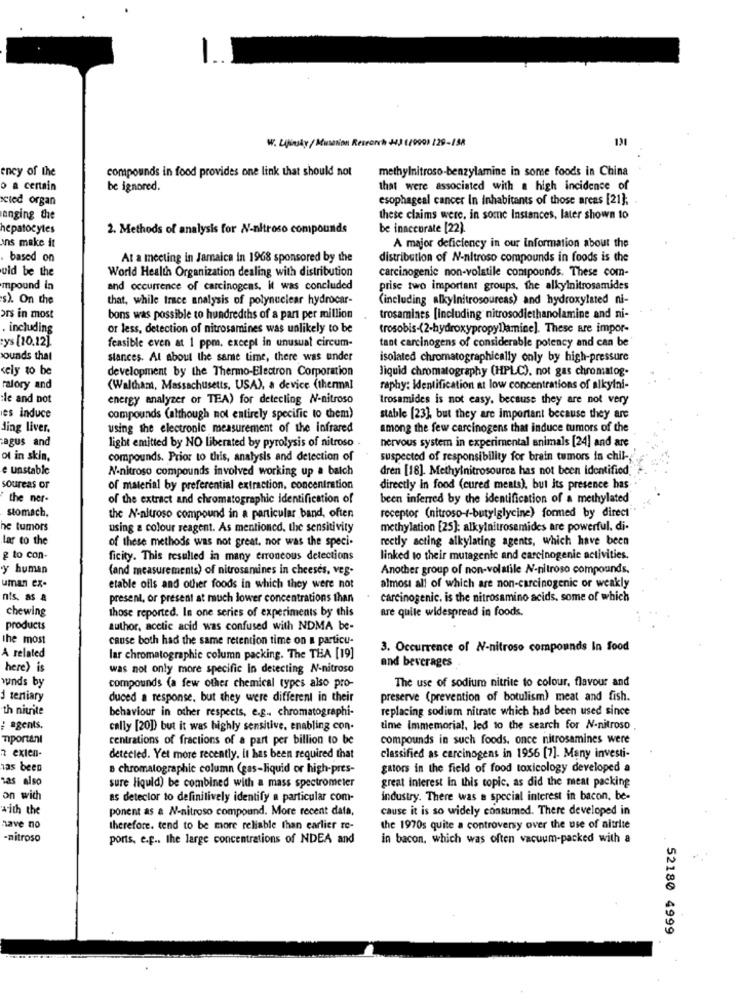
W. Likinsky / Mutation Research +13 (1999) 129-188
131
ency of the
compounds in food provides one link that should not
methylnitroso-benzylamine in some foods in China
o a certain
be ignored.
that were associated with a high incidence of
acted organ
esophageal cancer In inhabitants of those areas [21];
anging the
these claims were, in some Instances, later shown to
hepatocytes
2. Methods of analysis for N-nitroso compounds
be inaccurate [22).
ons make it
A major deficiency in our Information about the
based on
At a meeting in Jamaica in 1968 sponsored by the
distribution of N-nitroso compounds in foods is the
uld be the
World Health Organization dealing with distribution
carcinogenic non-volatile compounds. These com-
mpound in
and occurrence of carcinogens. it was concluded
prise two important groups, the alkylnitrosamides
s). On the
that, while trace analysis of polynuclear hydrocar-
(including alkylnitrosoureas) and hydroxylated ni-
ors in most
bons was possible to hundredths of a part per million
trosamines [including nitrosodiethanolamine and ni-
including
or less, detection of nitrosamines was unlikely to be
trosobis-(2-hydroxypropyl)amine]. These are impor-
ys [10.12]
tant carcinogens of considerable potency and can be
feasible even at 1 ppm, except in unusual circum-
sounds that
stances. Al about the same time, there was under
isolated chromatographically only by high-pressure
kely to be
development by the Thermo-Electron Corporation
liquid chromatography (HPLC), not gas chromatog.
ralory and
(Waltham, Massachusetts, USA), a device (thermal
raphy: Identification at low concentrations of alkylni-
:le and not
energy analyzer of TEA) for detecting N-nitroso
trosamides is not easy. because they are not very
les induce
compounds (although not entirely specific to them)
stable [23], but they are important because they are
ding liver,
using the electronic measurement of the infrared
among the few carcinogens that induce tumors of the
agus and
nervous system in experimental animals [24] and are
light emitted by NO liberated by pyrolysis of nitroso
ol in skin.
compounds. Prior to this, analysis and detection of
suspected of responsibility for brain tumors in chil-
e unstable
N-nitroso compounds involved working up a batch
dren [18]. Methylnitrosourca has not been identified
soureas or
of material by preferential extraction, concentration
directly in food (cured meats), but its presence has
the ner-
of the extract and chromatographic identification of
been inferred by the identification of a methylated
stomach,
receptor (nitroso-/-butylglycine) formed by direct
the N-nitroso compound in a particular band, often
he tumors
using a colour reagent. As mentioned, the sensitivity
methylation [25]: alkylnitrosemides are powerful, di
lar to the
of these methods was not great, nor was the speci-
rectly acting alkylating agents, which have been
g to con-
ficity. This resulted in many erroneous detections
linked to their mutagenic and carcinogenic activities.
y human
(and measurements) of nitrosamines in cheeses, ves-
Another group of non-volatile N-nitroso compounds.
uman ex-
etable ofls and other foods in which they were not
almost all of which are non-carcinogenic or weakly
nis, as a
present, or present at much lower concentrations than
carcinogenic. is the nitrosamino acids, some of which
chewing
those reported. In one series of experiments by this
are quite widespread in foods,
products
author, acetic acid was confused with NDMA be-
The most
cause both had the same retention time on a particu-
3. Occurrence of N-nitroso compounds In food
A related
lar chromatographie column packing. The THA [19]
here) is
was not only more specific In detecting N-nitroso
and beverages
wunds by
compounds (a few other chemical types also pro-
The use of sodium nitrite to colour, flavour and
1 tertiary
duced a response, but they were different in their
preserve (prevention of botulism) meat and fish.
th nitrite
replacing sodium nitrate which had been used since
behaviour in other respects, e.g ., chromatographi-
agents.
cally [20]) but it was highly sensitive, enabling con-
time Immemorial, led to the search for N-nitroso
miportant
centrations of fractions of a part per billion to be
compounds in such foods. once nitrosamines were
2 exten-
detected. Yet more recently. it has been required that
classified as carcinogens in 1956 [7]. Many investi-
has been
B chromatographie column (gas-liquid or high-pres-
gators in the field of food toxicology developed a
has also
great Interest in this topic, as did the meat packing
sure liquid) be combined with a mass spectrometer
on wich
as deteclor to definitively identify a particular com-
industry. There was a special interest in bacon, be-
with the
ponent as a N-nitroso compound. More recent data,
cause it is so widely consumed. There developed in
have no
therefore. tend to be more reliable than earlier re-
the 1970s quite a controversy over the use of altrite
-nitroso
ports, e ... the large concentrations of NDEA and
in bacon, which was often vacuum-packed with a
52180 4999